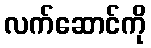
လက်ဆောင်ကို